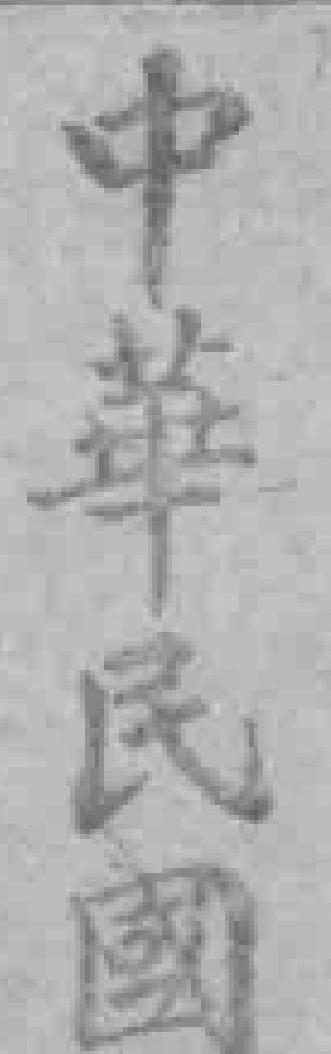
中華民國